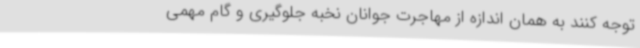
توجه کنند به همان اندازه از مهاجرت جوانان نخبه جلوگیری و گام مهمی